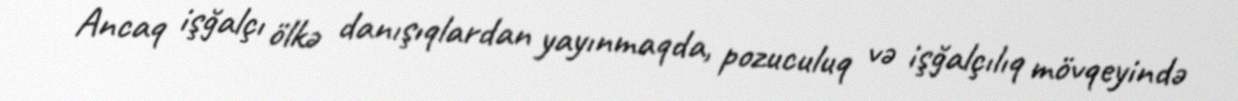
Ancaq işğalçı ölkə danışıqlardan yayınmaqda, pozuculuq və işğalçılıq mövqeyində